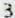
3